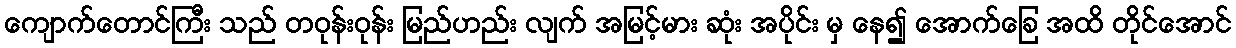
ကျောက်တောင်ကြီး သည် တဝုန်းဝုန်း မြည်ဟည်း လျက် အမြင့်မား ဆုံး အပိုင်း မှ နေ၍ အောက်ခြေ အထိ တိုင်အောင်